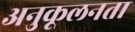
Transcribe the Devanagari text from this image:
अनुकूलनता